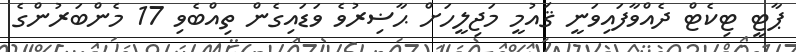
ޕާޓީ ޓިކެޓް ދެއްވާފައިވަނީ ޤައުމީ މަޖިލީހަށް ޙާޟިރުވެ ވަޑައިގެން ތިއްބެވި 17 މެންބަރުންގެ